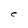
Character: C